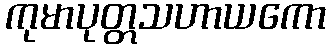
ကုမာပုတ္တသဟာယကော